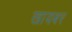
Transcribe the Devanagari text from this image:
खायबर